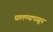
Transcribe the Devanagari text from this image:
घालण्यापासून